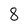
Character: 8